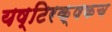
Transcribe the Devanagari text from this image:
यष्टिरक्षकच